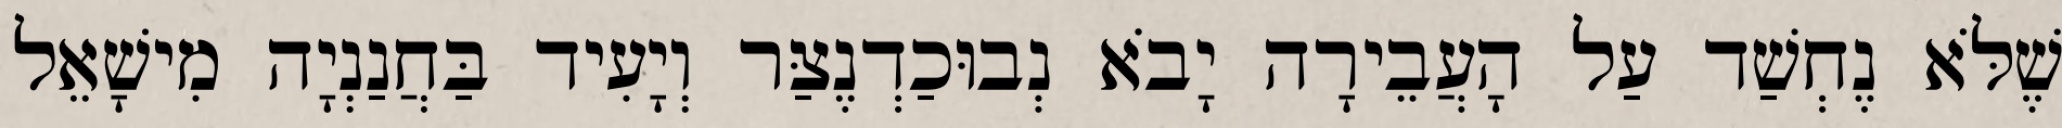
שֶׁלֹּא נֶחְשַׁד עַל הָעֲבֵירָה יָבֹא נְבוּכַדְנֶצַּר וְיָעִיד בַּחֲנַנְיָה מִישָׁאֵל